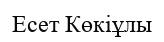
Есет Көкіұлы